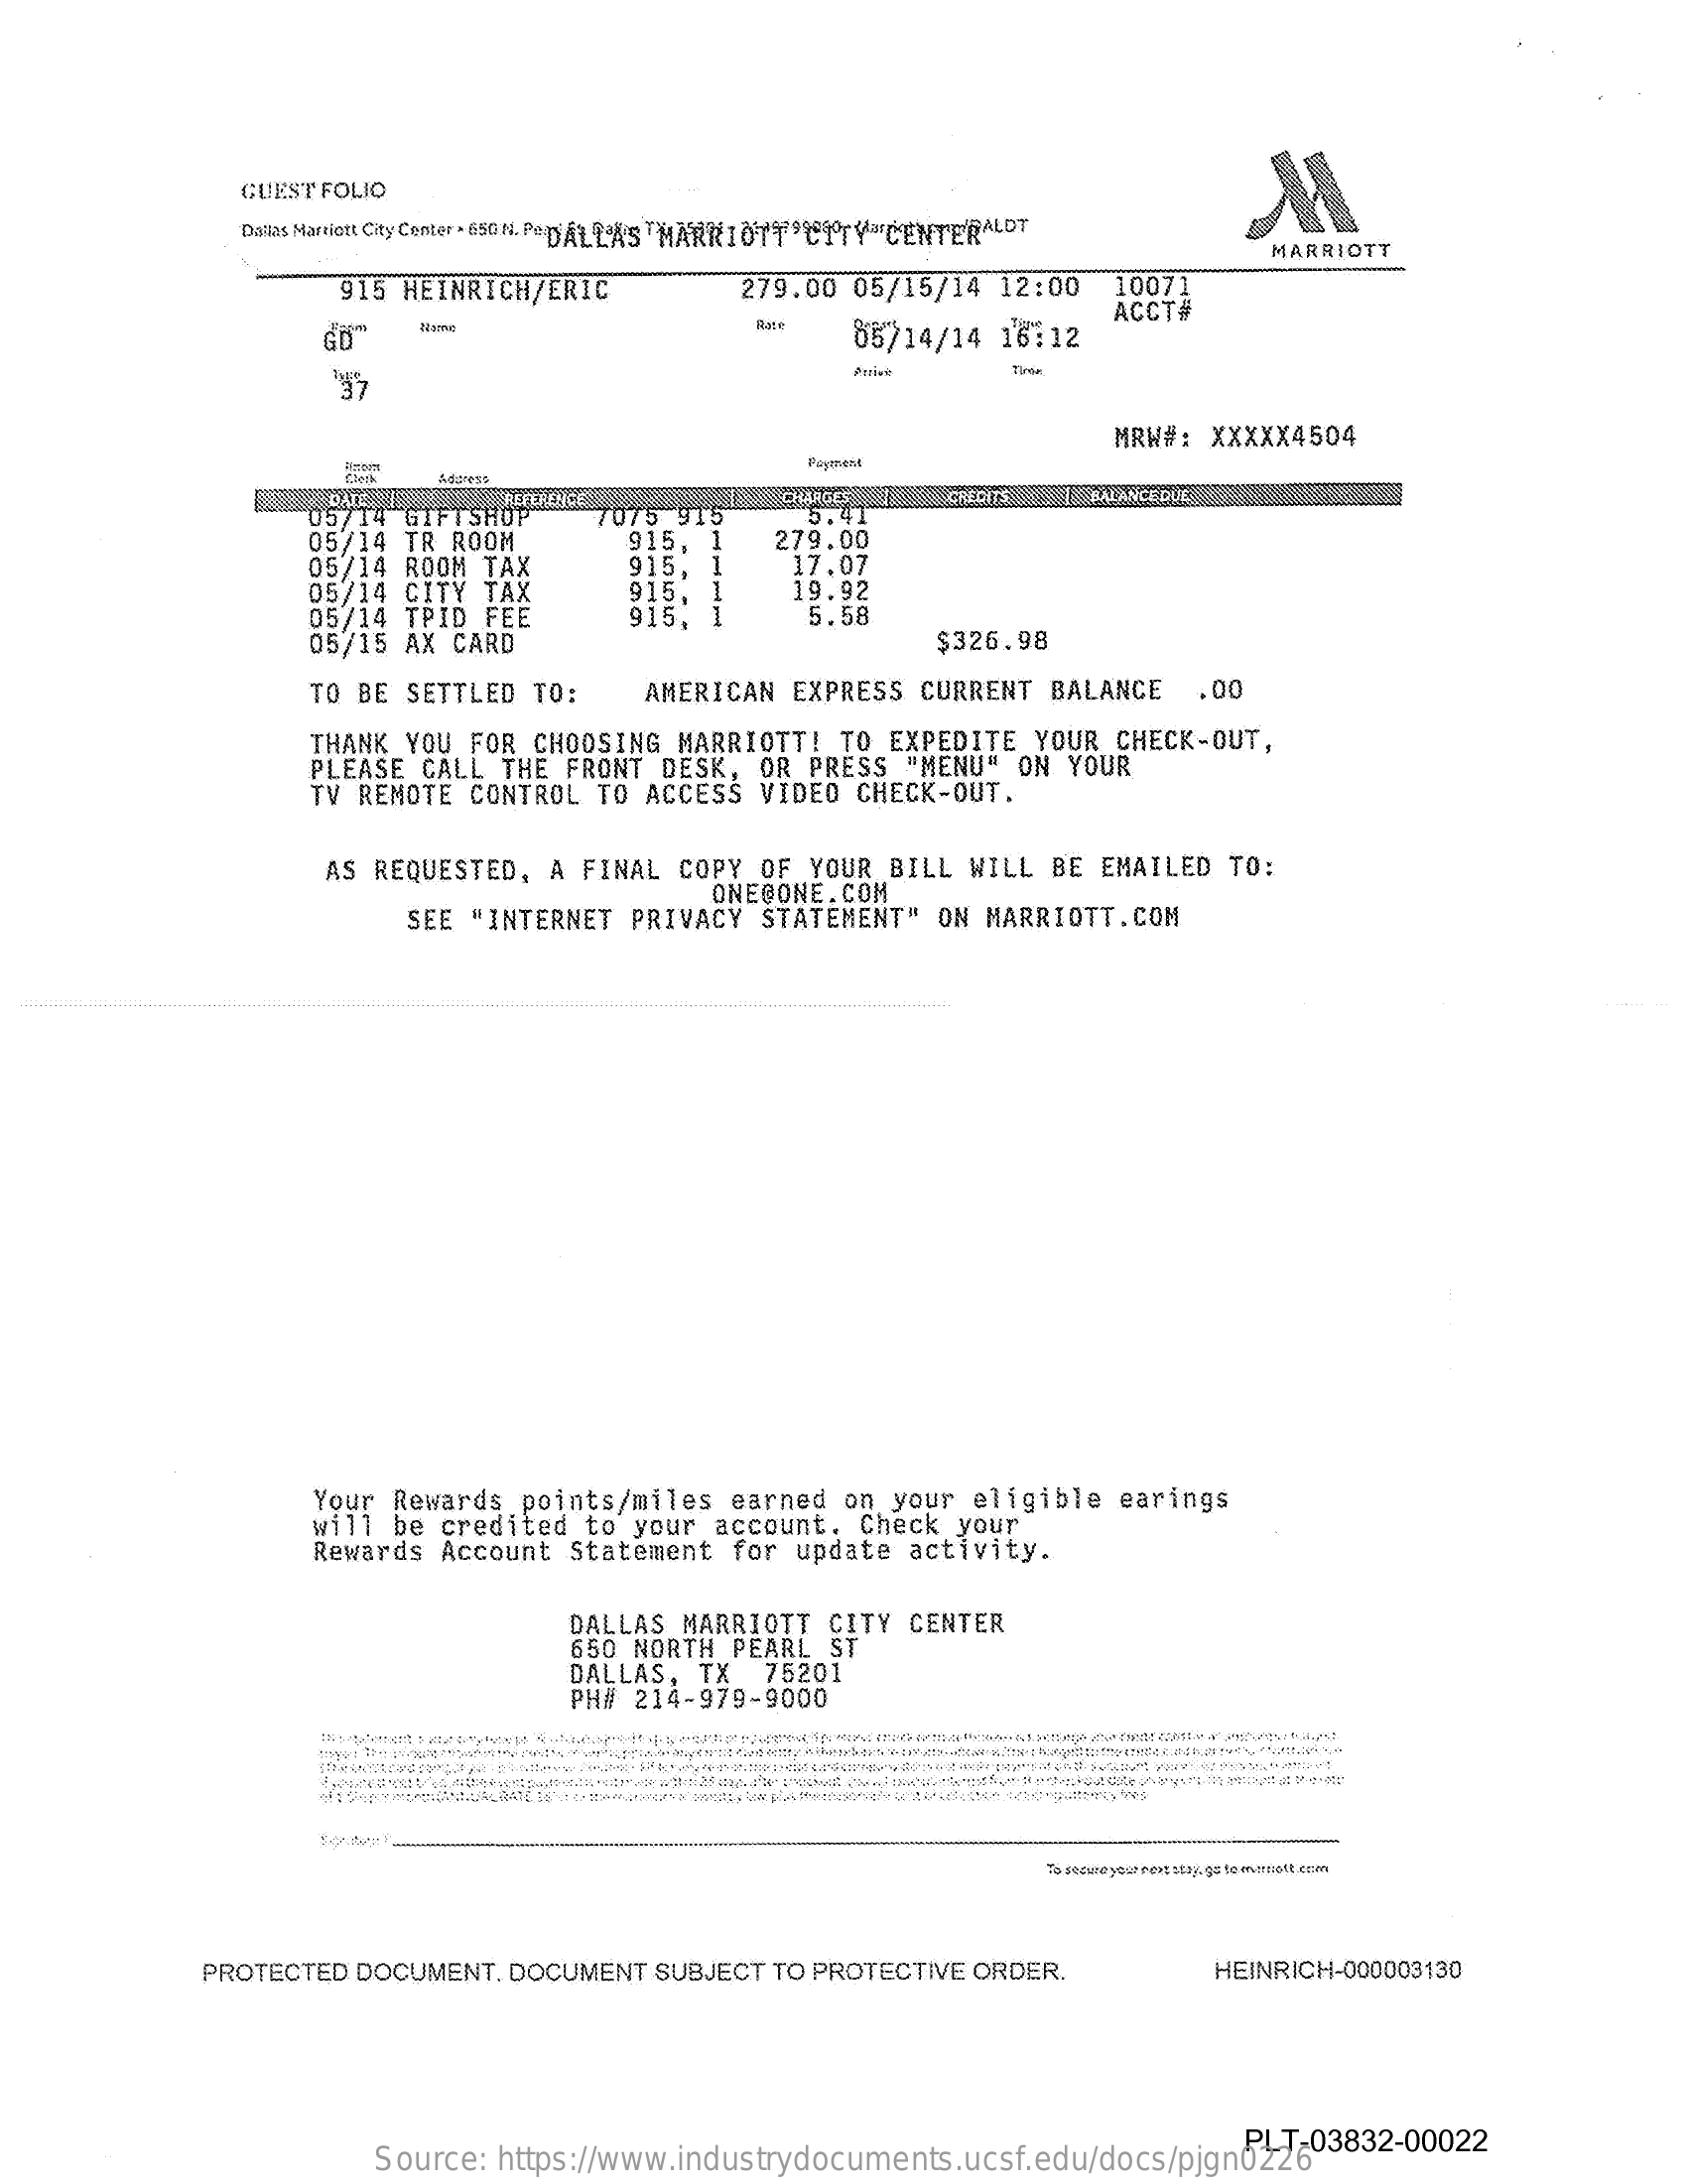
GUEST FOLIO
     Dallas Marriott City Center . 650 NP:DALLAS "MARRIOTTCITY CENTERALOT
     MARRIOTT
     915 HEINRICH/ERIC    279.00 05/15/14 12:00 10071
     GD"    85714/14 16:12
     ACCT#
     Price
     MRW#: XXXXX4504
     Aduress
     05/14 GIFTSHOP
     REFLEDICE
     7075 915   5.41
     GREGITS BALANCE
     05/14 TR ROOM    915,    279.00
     05/14 ROOM TAX    915,    17.07
     05/14 CITY TAX
     05/14 TPID FEE
     915.
     915, 1
     19.92
     05/15 AX CARD
     5.58
     $326.98
     TO BE SETTLED TO:  AMERICAN EXPRESS CURRENT BALANCE .00
     THANK YOU FOR CHOOSING MARRIOTT! TO EXPEDITE YOUR CHECK-OUT,
     PLEASE CALL THE FRONT DESK, OR PRESS "MENU" ON YOUR
     TV REMOTE CONTROL TO ACCESS VIDEO CHECK-OUT.
     AS REQUESTED, A FINAL COPY OF YOUR BILL WILL BE EMAILED TO:
     ONEGONE.COM
     SEE "INTERNET PRIVACY STATEMENT" ON MARRIOTT.COM
     Your Rewards points/miles earned on your eligible earings
     will be credited to your account. Check your
     Rewards Account Statement for update activity.
     DALLAS MARRIOTT CITY CENTER
     650 NORTH PEARL ST
     DALLAS, TX 75201
     PH# 214-979-9000
     PROTECTED DOCUMENT. DOCUMENT SUBJECT TO PROTECTIVE ORDER. HEINRICH-000003130
     Source: https://www.industrydocuments.ucsf.edu/docs/pjgn0226
     PLT-03832-00022